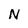
Character: N